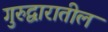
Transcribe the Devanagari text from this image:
गुरुद्वारातील